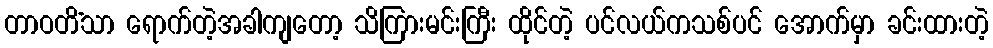
တာဝတိံသာ ရောက်တဲ့အခါကျတော့ သိကြားမင်းကြီး ထိုင်တဲ့ ပင်လယ်ကသစ်ပင် အောက်မှာ ခင်းထားတဲ့